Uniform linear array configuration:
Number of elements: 12
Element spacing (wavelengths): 0.25
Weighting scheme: cosine
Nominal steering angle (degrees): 60
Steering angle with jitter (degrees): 61.862
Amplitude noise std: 0.05
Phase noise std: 0.05

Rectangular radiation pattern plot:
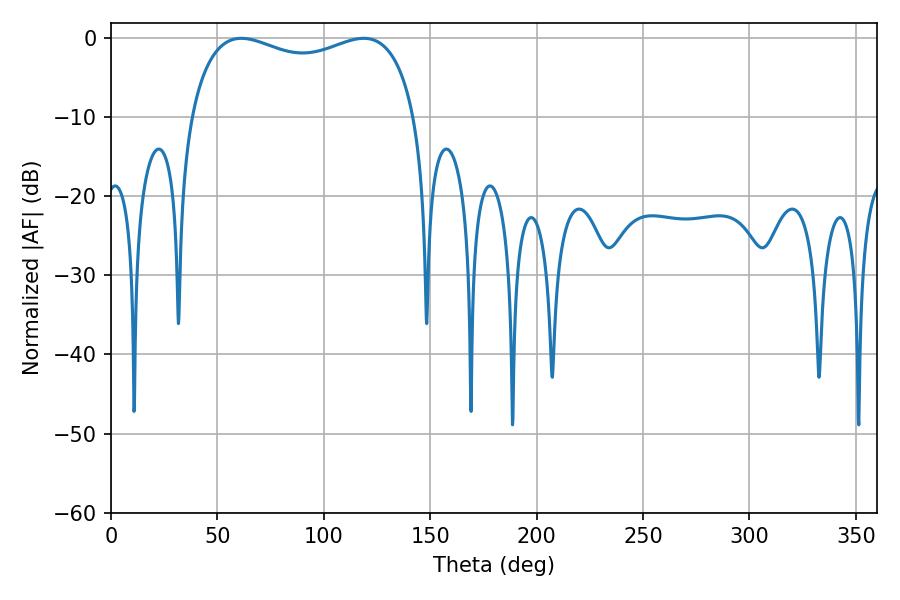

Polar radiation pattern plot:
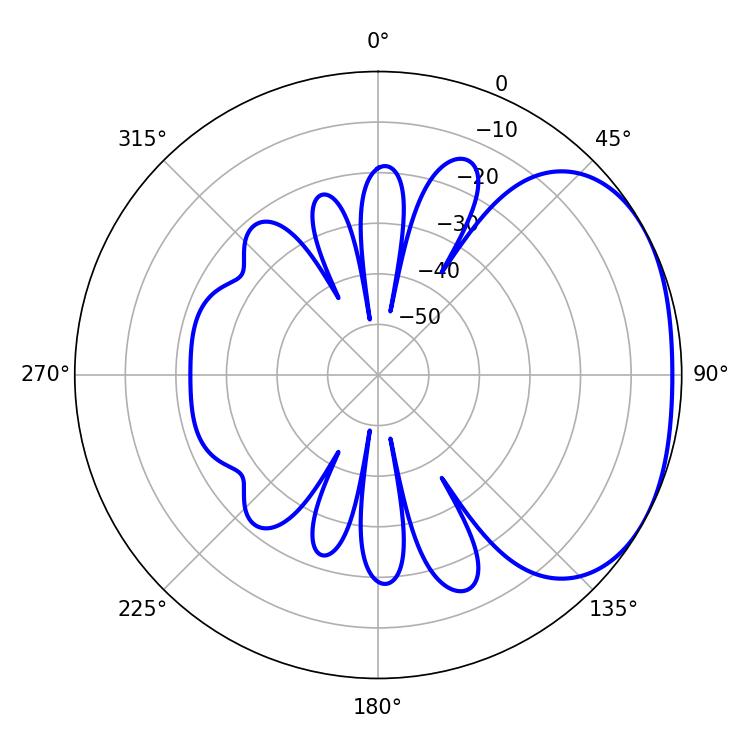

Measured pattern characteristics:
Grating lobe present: FALSE
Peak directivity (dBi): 2.285
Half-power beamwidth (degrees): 87.48
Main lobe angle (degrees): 61.2